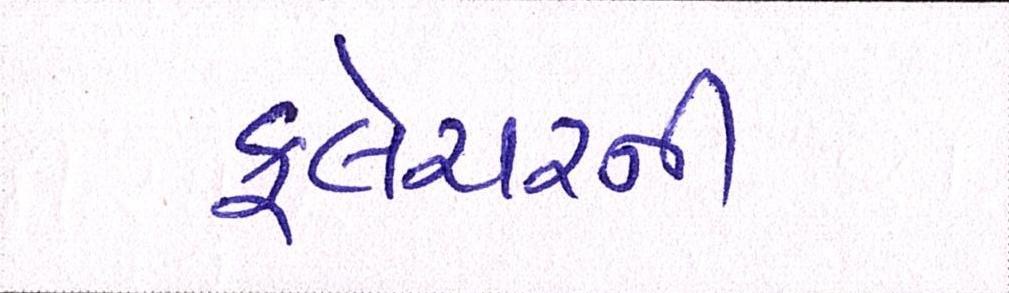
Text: ફ્લેચરની